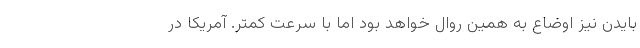
بایدن نیز اوضاع به همین روال خواهد بود اما با سرعت کمتر. آمریکا در